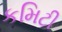
કમિટી